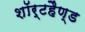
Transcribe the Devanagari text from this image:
शॉर्टहैण्ड